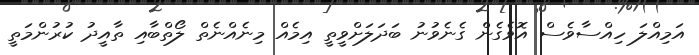
އަމިއްލަ ހިއްސާވެސް އޮވެގެން ގެނެވުނު ބަދަލަށްވީތީ އިމެއް މިނެއްނެތް ލޯތްބާއި ތާއީދު ކުރުންމަތީ